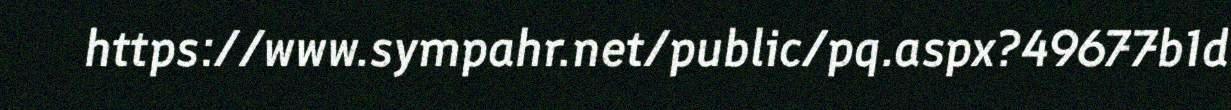
https://www.sympahr.net/public/pq.aspx?49677b1d